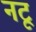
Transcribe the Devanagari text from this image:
नटू